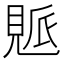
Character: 𧡒